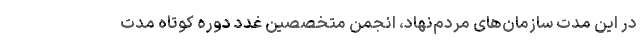
در این مدت سازمان‌های مردم‌نهاد، انجمن متخصصین غدد دوره‌ کوتاه مدت